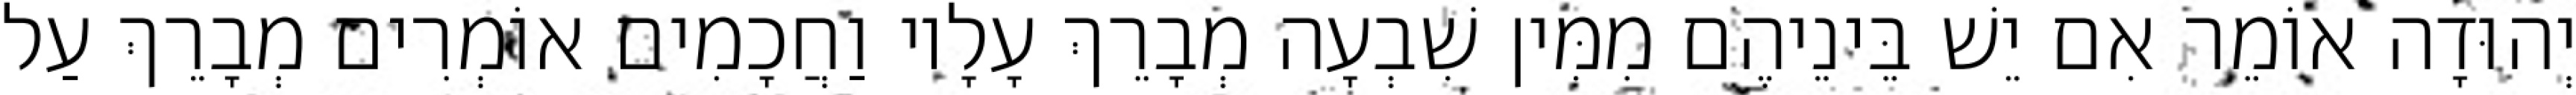
יְהוּדָה אוֹמֵר אִם יֵשׁ בֵּינֵיהֶם מִמִּין שִׁבְעָה מְבָרֵךְ עָלָיו וַחֲכָמִים אוֹמְרִים מְבָרֵךְ עַל